Problem: 27 + 43 = ?
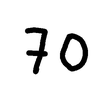
Handwritten answer: 70